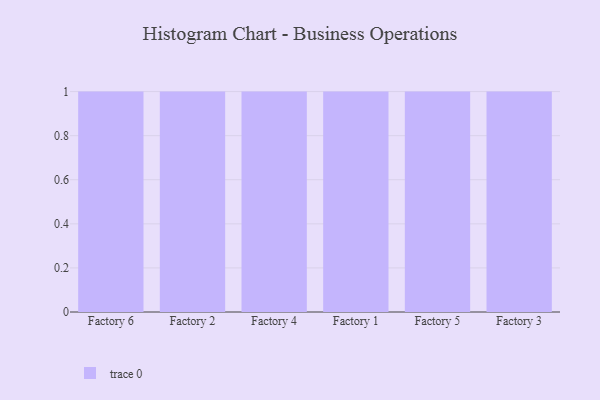
{"axis": {"x": "Factory", "y": "Energy Usage (MWh)"}, "legend": [""], "data": [{"x": "Factory 6", "y": 30, "type": ""}, {"x": "Factory 2", "y": 13, "type": ""}, {"x": "Factory 4", "y": 68, "type": ""}, {"x": "Factory 1", "y": 79, "type": ""}, {"x": "Factory 5", "y": 84, "type": ""}, {"x": "Factory 3", "y": 99, "type": ""}]}